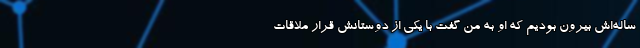
ساله‌اش بیرون بودیم که او به من گفت با یکی از دوستانش قرار ملاقات